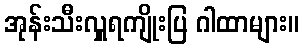
အုန်းသီးလှူရကျိုးပြ ဂါထာများ။